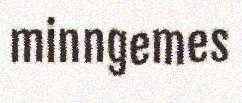
minngemes